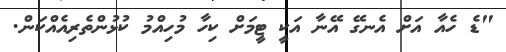
"ޑެ ހެއާ އަށް އެނގޭ އޭނާ އަކީ ޓީމަށް ކިހާ މުހިއްމު ކުޅުންތެރިއެއްކަން.